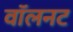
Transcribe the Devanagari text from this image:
वॉलनट